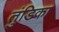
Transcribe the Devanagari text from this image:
तुंडिका